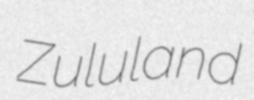
Zululand